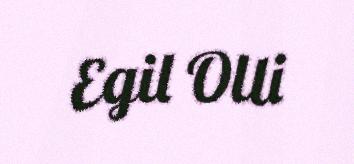
Egil Olli